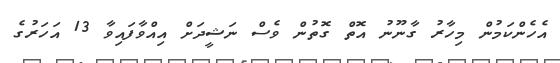
އެހެންކަމުން މިހާރު ގާނޫނު އޮތް ގޮތުން ވެސް ނަޝީދަށް އިއްވާފައިވާ 13 އަހަރުގެ